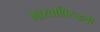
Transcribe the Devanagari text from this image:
भारताविरुद्धची